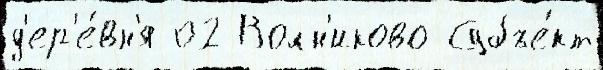
д'ер'е́вн'я 02 Волн'иково Субъе́кт